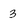
Character: 3